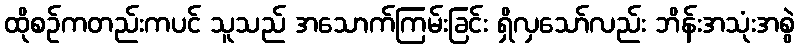
ထိုစဉ်ကတည်းကပင် သူသည် အသောက်ကြမ်းခြင်း ရှိလှသော်လည်း ဘိန်းအသုံးအစွဲ